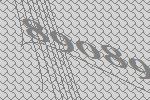
89089